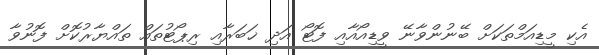
އެކި މީޑިއަމްތަކަށް ބޭނުންވާނޭ ވީޑިއޯއާއި ފޮޓޯ އަދި ޚަބަރާއި ރިޕޯޓުތައް ތައްޔާރުކޮށް ފޮނުވާ